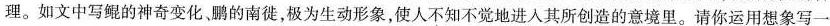
理。如文中写鲲的神奇变化、鹏的南徙，极为生动形象，使人不知不觉地进入其所创造的意境里。请你运用想象写一